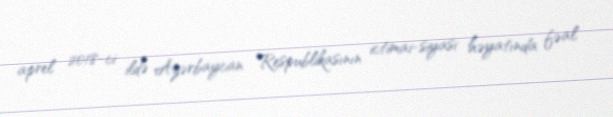
aprel 2018-ci ildə Azərbaycan Respublikasının ictimai-siyasi həyatında fəal